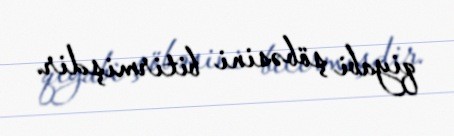
qiyabi şöbəsini bitirmişdir.